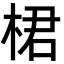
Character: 桾